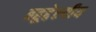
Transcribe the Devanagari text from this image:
बहूद्देश्यीय